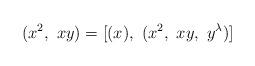
LaTeX: \begin{align*}(x^{2},\ xy) = [(x),\ (x^{2},\ xy,\ y^{\lambda})]\end{align*}